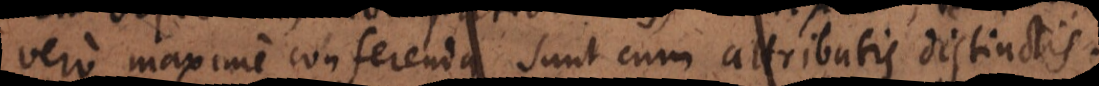
vero maxime conferenda sunt cum attributis distinctis.